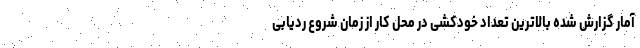
آمار گزارش شده بالاترین تعداد خودکشی در محل کار از زمان شروع ردیابی